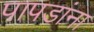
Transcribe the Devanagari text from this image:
पापडांना